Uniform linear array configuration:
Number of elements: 64
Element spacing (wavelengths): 1
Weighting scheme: uniform
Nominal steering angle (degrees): -30
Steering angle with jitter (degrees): -30.442
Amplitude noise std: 0.05
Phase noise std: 0.05

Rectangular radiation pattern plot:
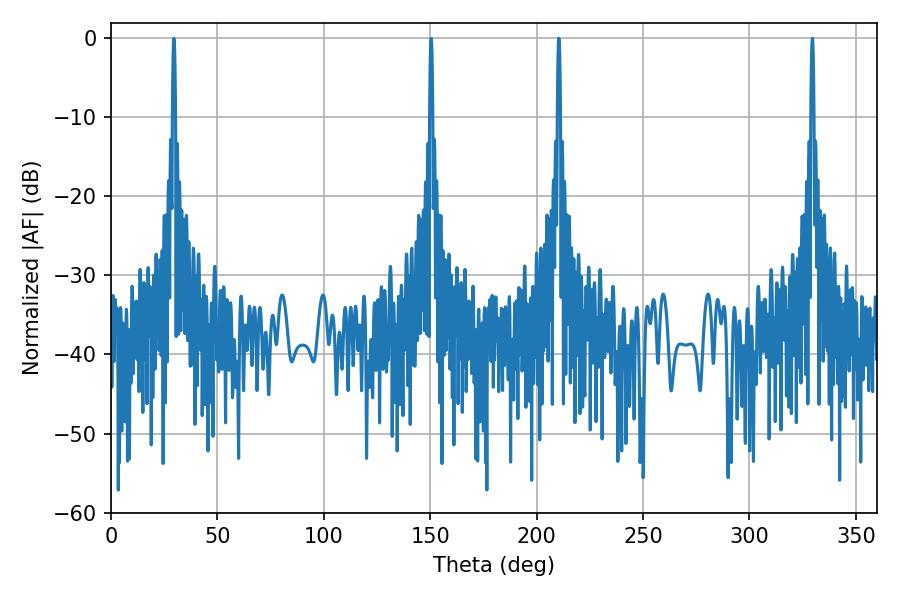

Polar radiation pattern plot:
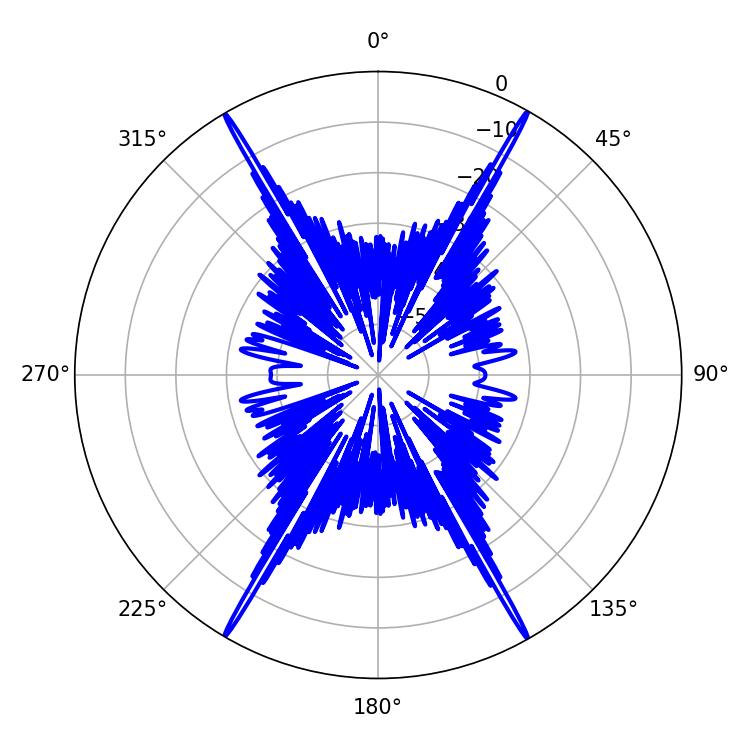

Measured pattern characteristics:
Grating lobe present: TRUE
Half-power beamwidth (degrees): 0.72
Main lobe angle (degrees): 210.42